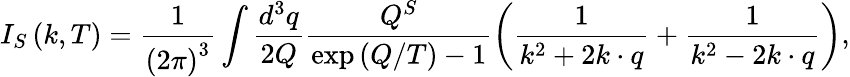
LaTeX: I_{S}\left(k,T\right)=\frac 1{\left(2\pi\right)^{3}}\int\frac{d^{3}q}{2Q}\frac{Q^{S}}{\exp\left(Q/T\right)-1}\left(\frac 1{k^{2}+2k\cdot q}+\frac 1{k^{2}-2k\cdot q}\right),